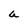
Character: a